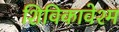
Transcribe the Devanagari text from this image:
शिविकावेश्म